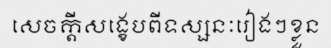
សេចក្តីសង្ខេបពីទស្សនៈរៀងៗខ្លួន